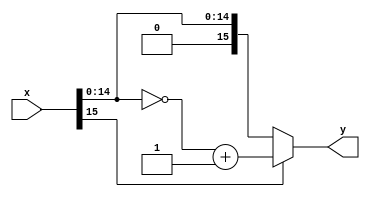
module p2d
#(
  parameter WIDTH = 16
)
(
  input  wire [WIDTH-1:0] x,
  output wire [WIDTH-1:0] y
);
  
  assign y =x[WIDTH-1]? {x[WIDTH-1],(~x[WIDTH-2:0]) + 1}: x;
  

  
  
  
endmodule